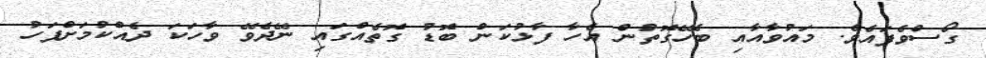
ގޯސްވެފައެވެ. މައުވާއާއި ބެހޭގޮތުން އެހާ ފާޅުކަން ބޮޑު ގޮތެއްގައި ނޭދެވޭ ވާހަކަ ދެއްކުމަށްފަހު